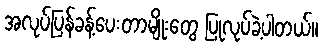
အလုပ်ပြန်ခန့်ပေးတာမျိုးတွေ ပြုလုပ်ခဲ့ပါတယ်။